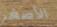
الأصغر